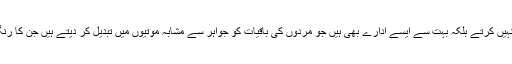
تاہم کچھ خاندان ہمیشہ جلانے ہی کو پسند نہیں کرتے بلکہ بہت سے ایسے ادارے بھی ہیں جو مردوں کی باقیات کو جواہر سے مشابہ موتیوں میں تبدیل کر دیتے ہیں جن کا رنگ گلابی، سیاہ یا فیروزی بھی ہوسکتا ہے۔